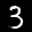
Label: 3